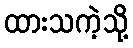
ထားသကဲ့သို့